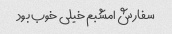
سفارش امشبم خیلی خوب بود